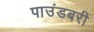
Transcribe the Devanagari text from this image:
पाउंडबरी